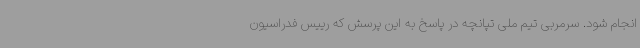
انجام شود. سرمربی تیم ملی تپانچه در پاسخ به این پرسش که رییس فدراسیون